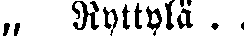
„ Ryttylä. .